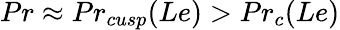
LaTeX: Pr\approx Pr_{cusp}(Le)>Pr_{c}(Le)